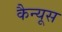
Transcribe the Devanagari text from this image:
कैन्यूस